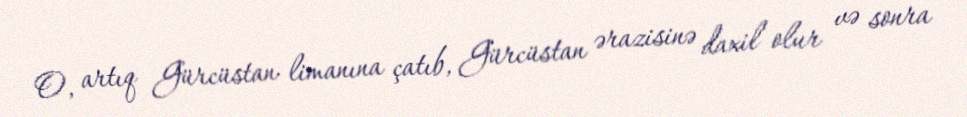
O, artıq Gürcüstan limanına çatıb, Gürcüstan ərazisinə daxil olur və sonra